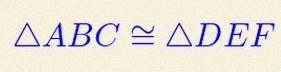
\triangle ABC\cong\triangle DEF